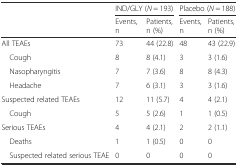
| <ROWSPAN=2>  | <COLSPAN=2> IND/GLY (N = 193) | <COLSPAN=2> Placebo (N = 188) |
 | Events, n | Patients, n (%) | Events, n | Patients, n (%) |
 | --- | --- | --- | --- | --- |
 | All TEAEs | 73 | 44 (22.8) | 48 | 43 (22.9) |
 | Cough | 8 | 8 (4.1) | 3 | 3 (1.6) |
 | Nasopharyngitis | 7 | 7 (3.6) | 8 | 8 (4.3) |
 | Headache | 7 | 6 (3.1) | 3 | 3 (1.6) |
 | Suspected related TEAEs | 12 | 11 (5.7) | 4 | 4 (2.1) |
 | Cough | 5 | 5 (2.6) | 1 | 1 (0.5) |
 | Serious TEAEs | 4 | 4 (2.1) | 2 | 2 (1.1) |
 | Deaths | 1 | 1 (0.5) | 0 | 0 |
 | Suspected related serious TEAE | 0 | 0 | 0 | 0 |